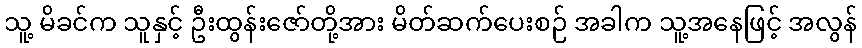
သူ့ မိခင်က သူနှင့် ဦးထွန်းဇော်တို့အား မိတ်ဆက်ပေးစဉ် အခါက သူ့အနေဖြင့် အလွန်